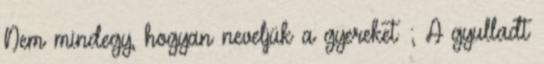
Nem mindegy, hogyan neveljük a gyereket ; A gyulladt